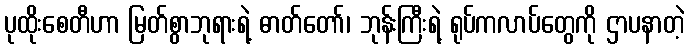
ပုထိုးစေတီဟာ မြတ်စွာဘုရားရဲ့ ဓာတ်တော်၊ ဘုန်းကြီးရဲ့ ရုပ်ကလာပ်တွေကို ဌာပနာတဲ့